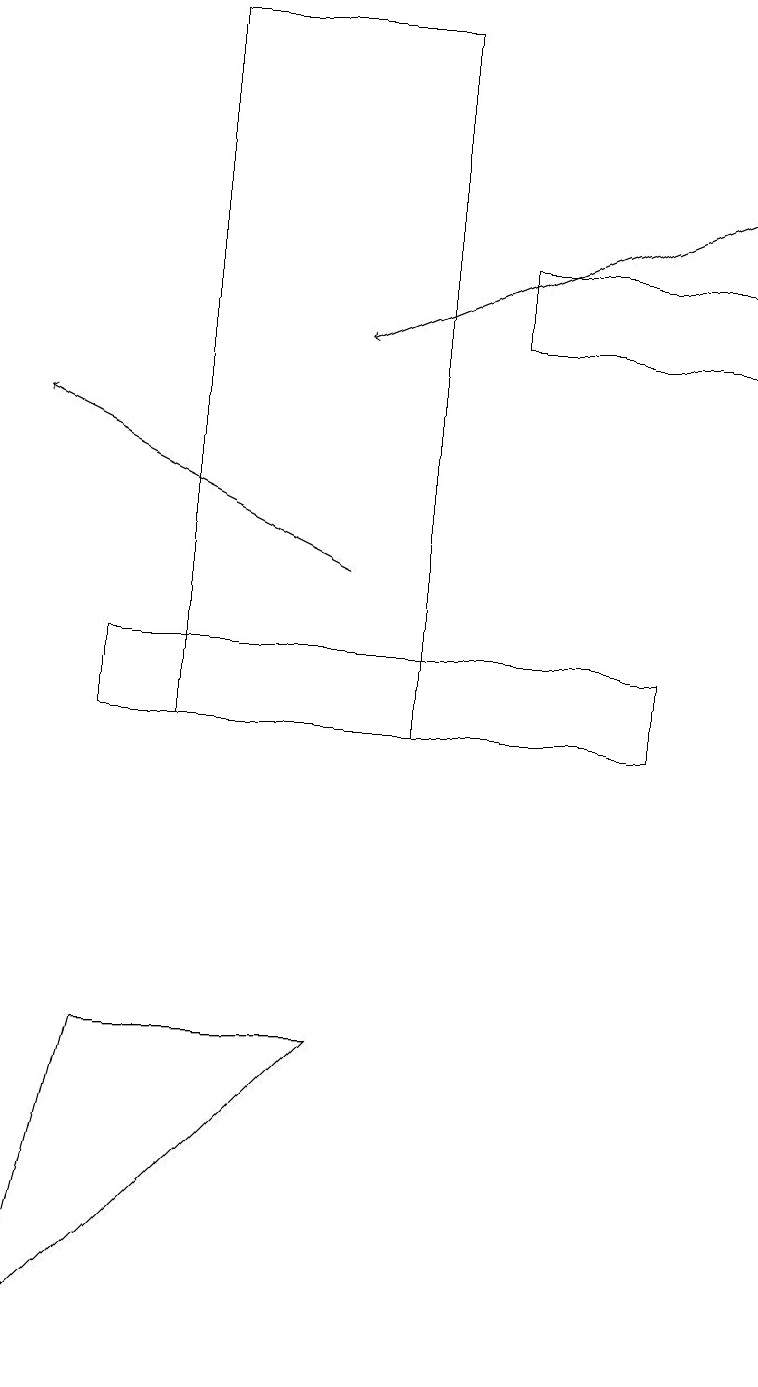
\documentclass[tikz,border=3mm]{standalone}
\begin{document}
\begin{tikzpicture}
\draw[->] (9,15) -- (9,17);
\draw (1,10) rectangle (8,11);
\draw (2,19) rectangle (5,10);
\draw[->] (4,12) -- (0,14);
\draw[->] (9,17) -- (4,15);
\draw (1,6) -- (4,6) -- (0,2) -- cycle;
\draw (9,16) rectangle (6,15);
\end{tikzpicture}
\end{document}